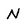
Character: N